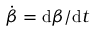
\dot { \boldsymbol { \beta } } = \mathrm { d } \boldsymbol { \beta } / \mathrm { d } t